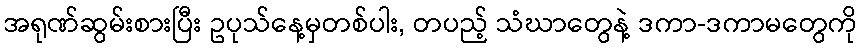
အရုဏ်ဆွမ်းစားပြီး ဥပုသ်နေ့မှတစ်ပါး, တပည့် သံဃာတွေနဲ့ ဒကာ-ဒကာမတွေကို